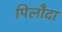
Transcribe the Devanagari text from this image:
पिलौदा